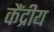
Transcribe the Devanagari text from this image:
कैंद्रीय